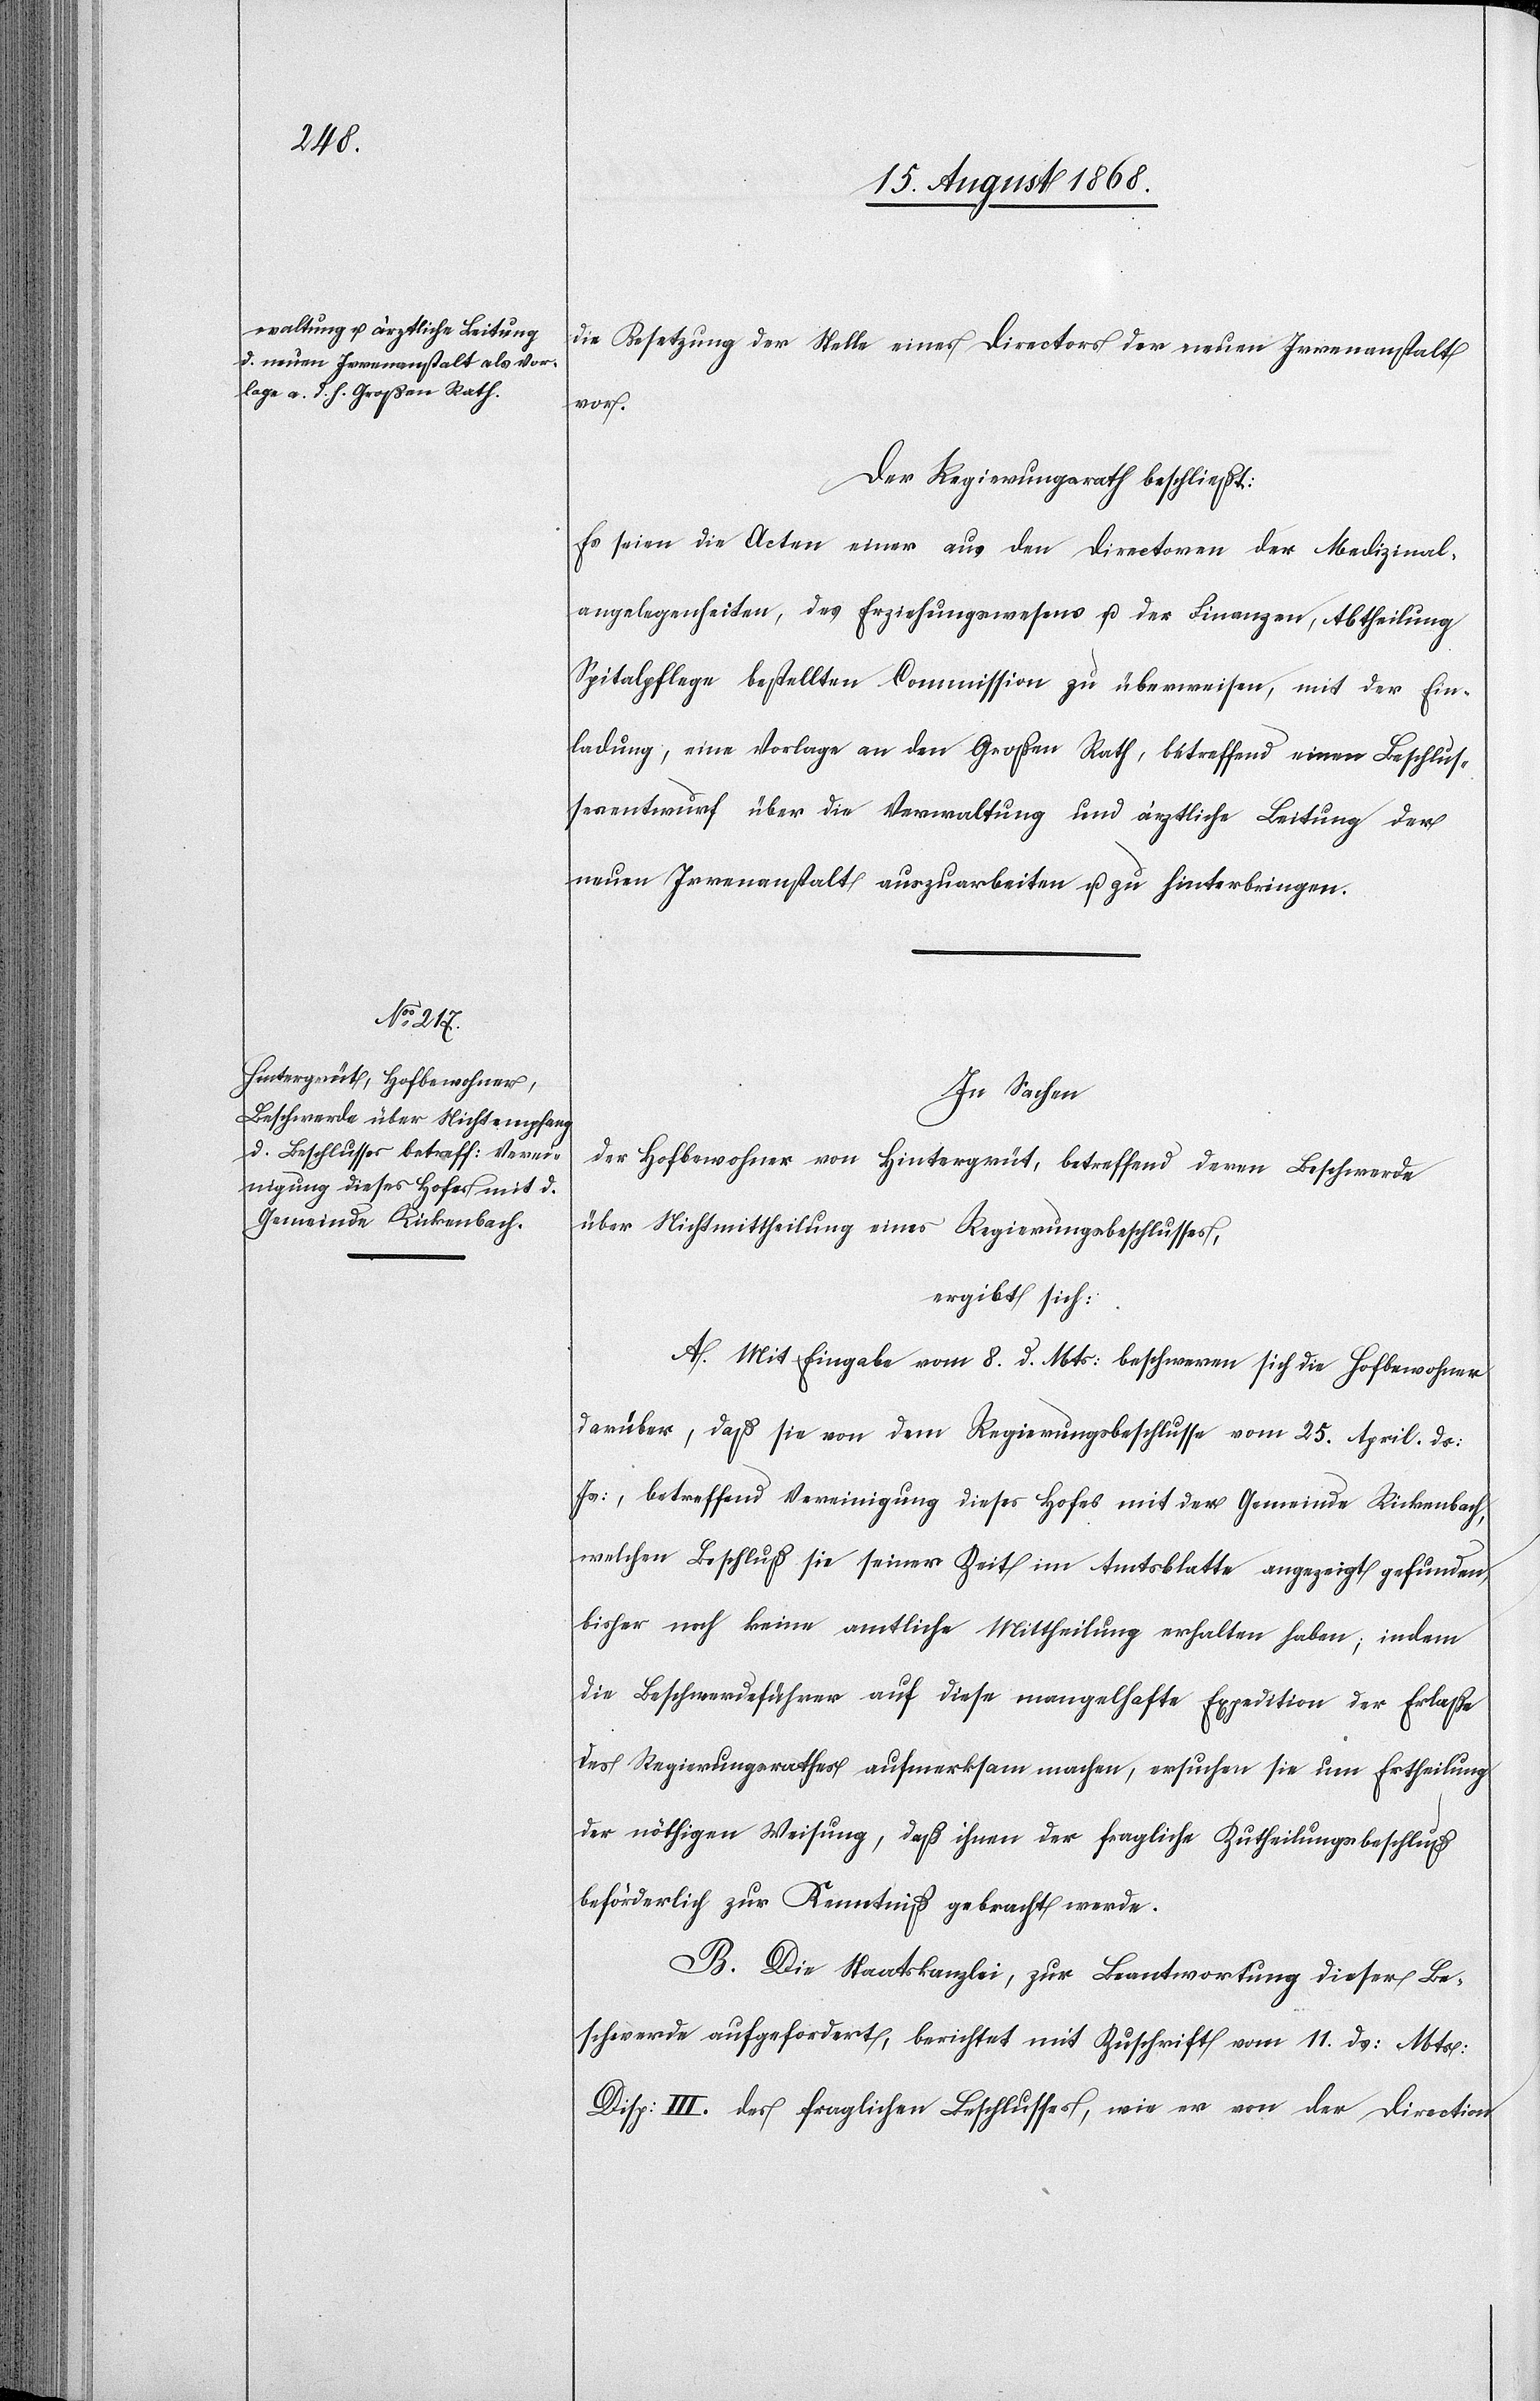
die Besetzung der Stelle eines Directors der neuen Irrenanstalt
vor.
Der Regierungsrath beschließt:
Es seien die Acten einer aus den Directoren der Medizinal¬
angelegenheiten, des Erziehungswesens u. der Finanzen, Abtheilung
Spitalpflege bestellten Commission zu überweisen, mit der Ein¬
ladung, eine Vorlage an den Großen Rath, betreffend einen Beschlus¬
sesentwurf über die Verwaltung und ärztliche Leitung der
neuen Irrenanstalt auszuarbeiten u. zu hinterbringen.
In Sachen
der Hofbewohner von Hintergrüt, betreffend deren Beschwerde
über Nichtmittheilung eines Regierungsbeschlusses,
ergibt sich:
A. Mit Eingabe vom 8. d. Mts: beschweren sich die Hofbewohner
darüber, daß sie von dem Regierungsbeschlusse vom 25. April ds:
Js:, betreffend Vereinigung dieses Hofes mit der Gemeinde Rickenbach,
welchen Beschluß sie seiner Zeit im Amtsblatte angezeigt gefunden,
bisher noch keine amtliche Mittheilung erhalten haben; indem
die Beschwerdeführer auf diese mangelhafte Expedition der Erlaße
des Regierungsrathes aufmerksam machen, ersuchen sie um Ertheilung
der nöthigen Weisung, daß ihnen der fragliche Zutheilungsbeschluß
beförderlich zur Kenntniß gebracht werde.
B. Die Staatskanzlei, zur Beantwortung dieser Be¬
schwerde aufgefordert, berichtet mit Zuschrift vom 11. ds: Mts:
Disp: III. des fraglichen Beschlusses, wie er von der Direction